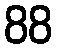
88